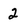
Character: 2